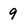
Character: 9